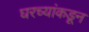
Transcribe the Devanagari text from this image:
घरच्यांकडून